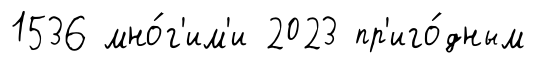
1536 мно́г'им'и 2023 пр'иго́дным